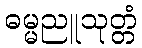
ဓမ္မညူသုတ္တံ